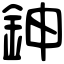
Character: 鉮